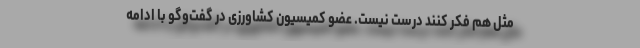
مثل هم فکر کنند درست نیست. عضو کمیسیون کشاورزی در گفت‌وگو با ادامه